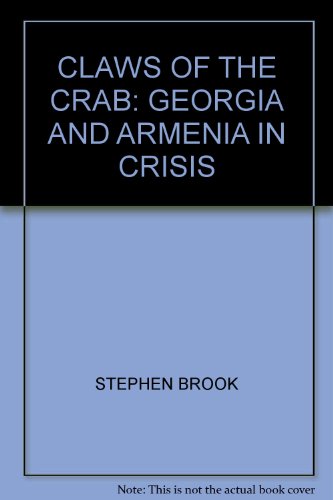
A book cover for Claws of the Crab: Georgia and Armenia in Crisis (Picador); Stephen Brook; Travel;